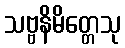
သဗ္ဗနိမိတ္တေသု